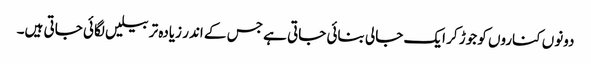
دونوں کناروں کو جوڑ کر ایک جالی بنائی جاتی ہے جس کے اندر زیادہ تر بیلیں لگائی جاتی ہیں۔